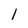
Character: 1